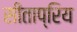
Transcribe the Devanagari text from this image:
सीताप्रिय